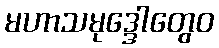
မဟာသမုဒ္ဒေါတွေဝ